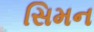
સિમન